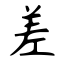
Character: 差